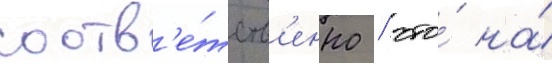
соотв'е́тств'енно / что́ на́